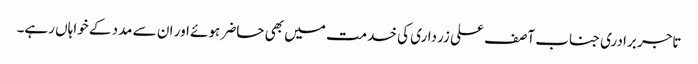
تاجر برادری جناب آصف علی زرداری کی خدمت میں بھی حاضر ہوئے اور ان سے مدد کے خواہاں رہے۔